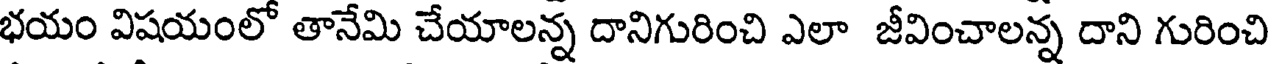
భయం విషయంలో తానేమి చేయాలన్న దానిగురించి ఎలా జీవించాలన్న దాని గురించి